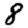
Digit: 8